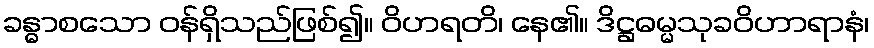
ခန္ဓာစသော ဝန်ရှိသည်ဖြစ်၍။ ဝိဟရတိ၊ နေ၏။ ဒိဋ္ဌဓမ္မသုခဝိဟာရာနံ၊